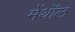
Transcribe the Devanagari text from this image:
मेंथॉल